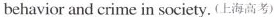
behavior and crime in society.(上海高考)